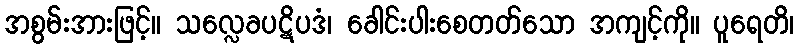
အစွမ်းအားဖြင့်။ သလ္လေခပဋိပဒံ၊ ခေါင်းပါးစေတတ်သော အကျင့်ကို။ ပူရေတိ၊